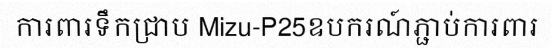
ការពារទឹកជ្រាប Mizu-P25ឧបករណ៍ភ្ជាប់ការពារ